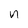
Character: n